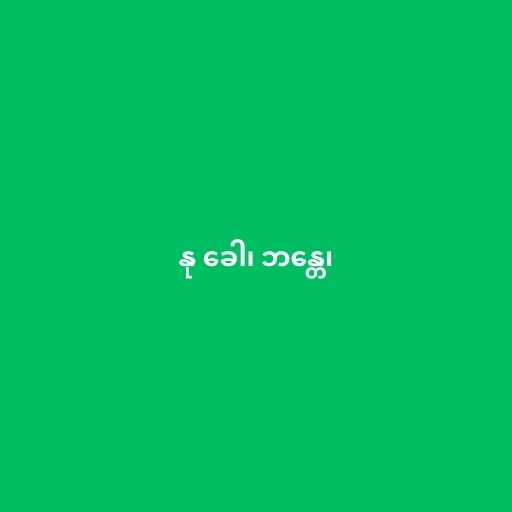
နု ခေါ၊ ဘန္တေ၊